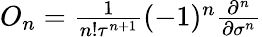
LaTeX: \begin{array}{r}{O_{n}=\frac{1}{n!\tau^{n+1}}(-1)^{n}\frac{\partial^{n}}{\partial\sigma^{n}}}\end{array}